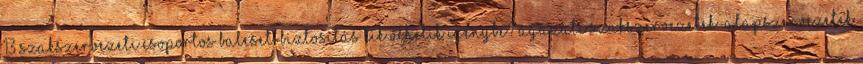
13 Szakszervezeti csoportos baleset-biztosítás Kik vehetik igénybe? Ágazati szakszervezetek alapszervezetek